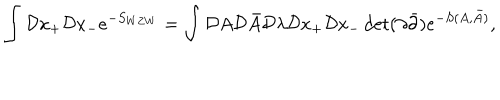
LaTeX: \int { \cal D } x _ { + } { \cal D } x _ { - } e ^ { - S _ { W Z W } } = \int { \cal D } A { \cal D } \bar { A } { \cal D } \lambda { \cal D } x _ { + } { \cal D } x _ { - } \det ( \partial \bar { \partial } ) e ^ { - S ( A , \bar { A } ) } ,